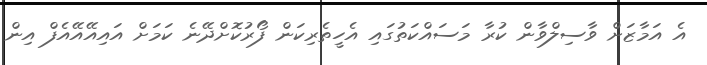
އެ އަމާޒަށް ވާސިލްވާން ކުރާ މަސައްކަތުގައި އެހީތެރިކަން ފޯރުކޮށްދޭނެ ކަމަށް އައިއޭއޭއެފް އިން